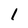
Character: l